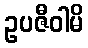
ဥပဇီဝါမိ